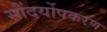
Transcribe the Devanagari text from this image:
सौंदर्योपकरण